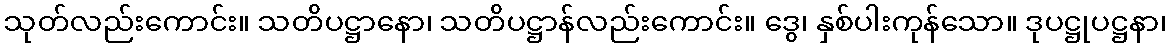
သုတ်လည်းကောင်း။ သတိပဋ္ဌာနော၊ သတိပဋ္ဌာန်လည်းကောင်း။ ဒွေ၊ နှစ်ပါးကုန်သော။ ဒုပဋ္ဌုပဋ္ဌနာ၊